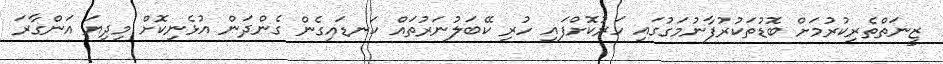
ޒީނަތްތެރިކުރުމަށް ބޮޑުތަކުރުފާނުމަގުގައި ހަރުކޮށްފައި ހުރި ކޭބަލުނަރުތައް ކަނޑައިގެން ގެންދަން އުޅެނިކޮށް މިދިޔަ އަންގާރަ